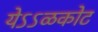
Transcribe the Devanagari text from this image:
येऽऽळकोट